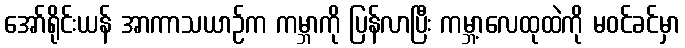
အော်ရိုင်းယန် အာကာသယာဉ်က ကမ္ဘာကို ပြန်လာပြီး ကမ္ဘာ့လေထုထဲကို မဝင်ခင်မှာ